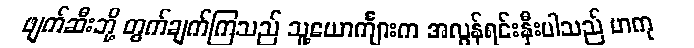
ဖျက်ဆီးဘို့ တွက်ချက်ကြသည် သူ့ယောင်္ကျားက အလွန်ရင်းနှီးပါသည် မာကု